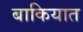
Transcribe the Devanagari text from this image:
बाकियात